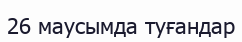
26 маусымда туғандар